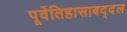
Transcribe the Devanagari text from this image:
पूर्वेतिहासाबद्दल